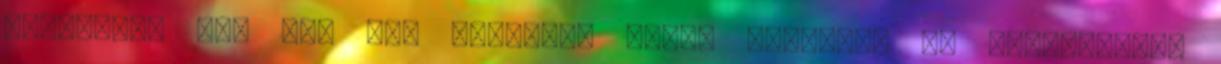
piacokon, sőt nem rég teljesen fehér színűvel is találkoztam